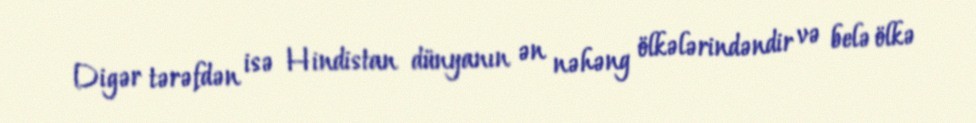
Digər tərəfdən isə Hindistan dünyanın ən nəhəng ölkələrindəndir və belə ölkə